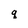
Character: q